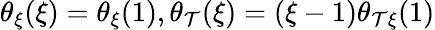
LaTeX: \theta_{\xi}(\xi)=\theta_{\xi}(1),\theta_{\mathcal{T}}(\xi)=(\xi-1)\theta_{\mathcal{T}\xi}(1)